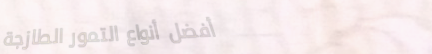
أفضل أنواع التمور الطازجة